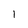
Character: 1